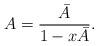
LaTeX: \begin{align*}A = \frac{\bar{A}}{1-x\bar{A}}. \end{align*}